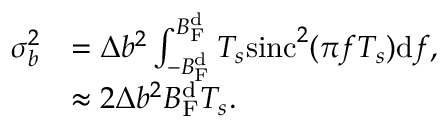
\begin{array} { r l } { \sigma _ { b } ^ { 2 } } & { = \Delta b ^ { 2 } \int _ { - B _ { \mathrm { F } } ^ { \mathrm { d } } } ^ { B _ { \mathrm { F } } ^ { \mathrm { d } } } T _ { s } \mathrm { s i n c } ^ { 2 } ( \pi f T _ { s } ) \mathrm { d } f , } \\ & { \approx 2 \Delta b ^ { 2 } B _ { \mathrm { F } } ^ { \mathrm { d } } T _ { s } . } \end{array}